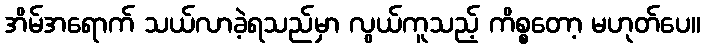
အိမ်အရောက် သယ်လာခဲ့ရသည်မှာ လွယ်ကူသည့် ကိစ္စတော့ မဟုတ်ပေ။